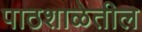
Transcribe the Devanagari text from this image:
पाठशाळेतील